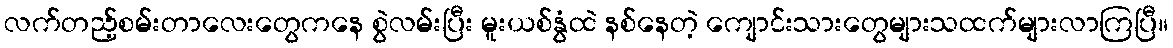
လက်တည့်စမ်းတာလေးတွေကနေ စွဲလမ်းပြီး မူးယစ်နွံထဲ နစ်နေတဲ့ ကျောင်းသားတွေများသထက်များလာကြပြီ။